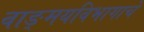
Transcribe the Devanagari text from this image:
वाङ्‌मयविभागाचे